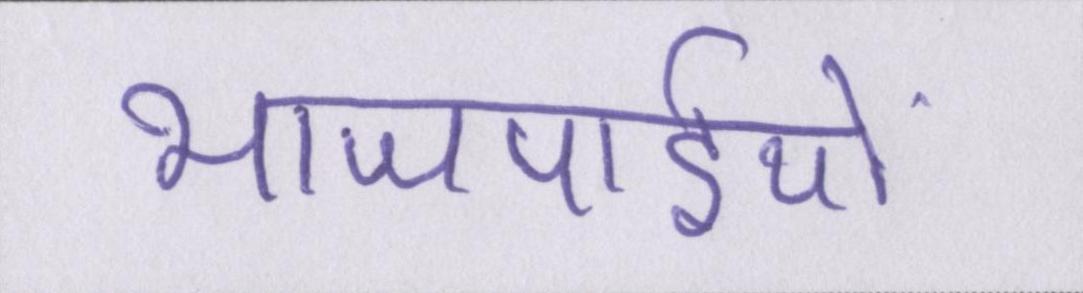
भाजपाईयों